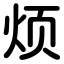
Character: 烦